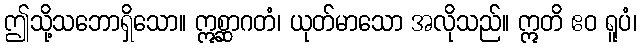
ဤသို့သဘောရှိသော။ ဣစ္ဆာဂတံ၊ ယုတ်မာသော အလိုသည်။ ဣတိ ဧဝ ရူပံ၊